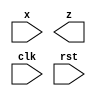
module seqdet (
    x,z,clk,rst
);
input x,clk,rst;
output z;
reg [2:0] state;
wire z;
parameter A =3'b001 ;
endmodule